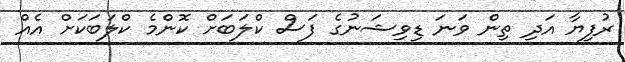
ރުފިޔާ އަދި ތިން ވަނަ ޑިވިޝަނުގެ ފަސް ކްލަބަށް ކޮންމެ ކްލަބަކަށް އެއް